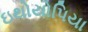
ઇથોયોપિયા